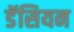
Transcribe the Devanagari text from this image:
डॅसियन